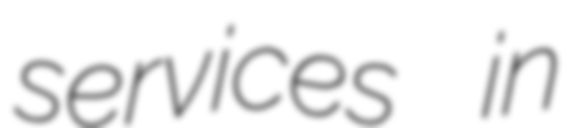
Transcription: services in